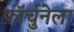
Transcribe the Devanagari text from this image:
फ़ॉर्चुनेला